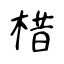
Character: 棤